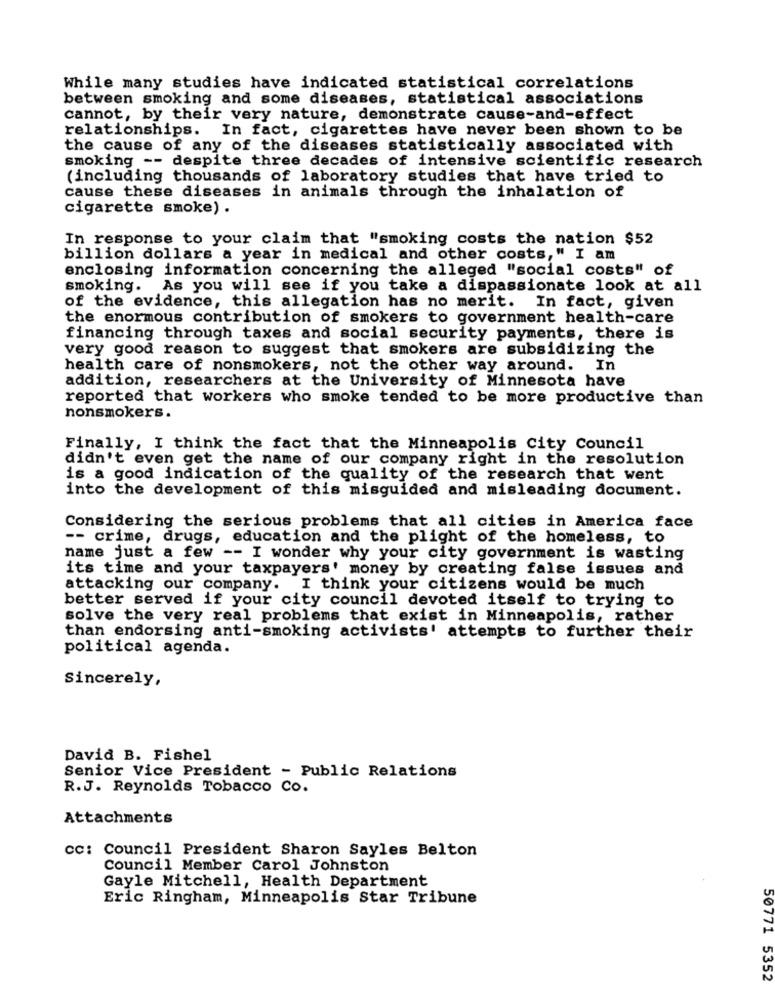
While many studies have indicated statistical correlations
between smoking and some diseases, statistical associations
cannot, by their very nature, demonstrate cause-and-effect
relationships. In fact, cigarettes have never been shown to be
the cause of any of the diseases statistically associated with
smoking -- despite three decades of intensive scientific research
(including thousands of laboratory studies that have tried to
cause these diseases in animals through the inhalation of
cigarette smoke) .
In response to your claim that "smoking costs the nation $52
billion dollars a year in medical and other costs," I am
enclosing information concerning the alleged "social costs" of
smoking. As you will see if you take a dispassionate look at all
of the evidence, this allegation has no merit. In fact, given
the enormous contribution of smokers to government health-care
financing through taxes and social security payments, there is
very good reason to suggest that smokers are subsidizing the
health care of nonsmokers, not the other way around. In
addition, researchers at the University of Minnesota have
reported that workers who smoke tended to be more productive than
nonsmokers.
Finally, I think the fact that the Minneapolis City Council
didn't even get the name of our company right in the resolution
is a good indication of the quality of the research that went
into the development of this misguided and misleading document.
Considering the serious problems that all cities in America face
-- crime, drugs, education and the plight of the homeless, to
name just a few -- I wonder why your city government is wasting
its time and your taxpayers' money by creating false issues and
attacking our company. I think your citizens would be much
better served if your city council devoted itself to trying to
solve the very real problems that exist in Minneapolis, rather
than endorsing anti-smoking activists' attempts to further their
political agenda.
Sincerely,
David B. Fishel
Senior Vice President - Public Relations
R.J. Reynolds Tobacco Co.
Attachments
cc: Council President Sharon Sayles Belton
Council Member Carol Johnston
Gayle Mitchell, Health Department
Eric Ringham, Minneapolis Star Tribune
50771 5352